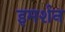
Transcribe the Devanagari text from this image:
इमर्शन